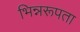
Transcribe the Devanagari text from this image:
भिन्नरूपता